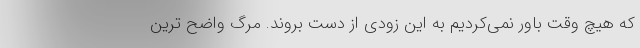
که هیچ وقت باور نمی‌کردیم به این زودی از دست بروند. مرگ واضح ترین